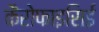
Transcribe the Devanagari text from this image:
कैरोफाइसिई